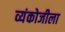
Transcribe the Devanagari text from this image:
व्यंकोजीला